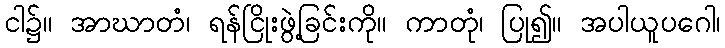
ငါ၌။ အာဃာတံ၊ ရန်ငြိုးဖွဲ့ခြင်းကို။ ကာတုံ၊ ပြု၍။ အပါယူပဂေါ၊